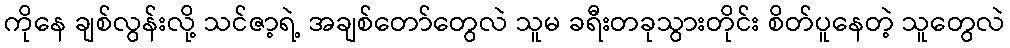
ကိုနေ ချစ်လွန်းလို့ သင်ဇာ့ရဲ့ အချစ်တော်တွေလဲ သူမ ခရီးတခုသွားတိုင်း စိတ်ပူနေတဲ့ သူတွေလဲ